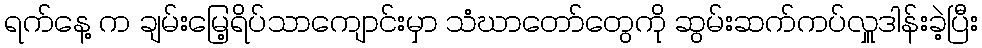
ရက်နေ့ က ချမ်းမြေ့ရိပ်သာကျောင်းမှာ သံဃာတော်တွေကို ဆွမ်းဆက်ကပ်လှူဒါန်းခဲ့ပြီး